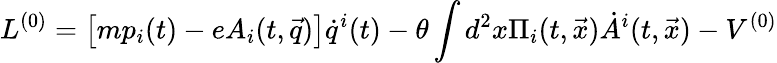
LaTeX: {L}^{(0)}=\left[mp_{i}(t)-eA_{i}(t,\vec{q})\right]\dot{q}^{i}(t)-\theta\int d^{2}x\Pi_{i}(t,\vec{x})\dot{A}^{i}(t,\vec{x})-V^{(0)}